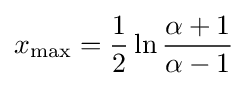
x_{\max }={\frac {1}{2}}\ln {\frac {\alpha +1}{\alpha -1}}